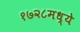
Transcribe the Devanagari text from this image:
१७२८मध्ये